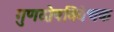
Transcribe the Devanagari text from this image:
गुणदोषविवेचक